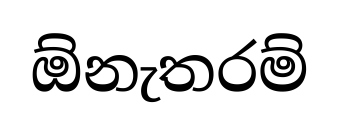
ඕනැතරම්